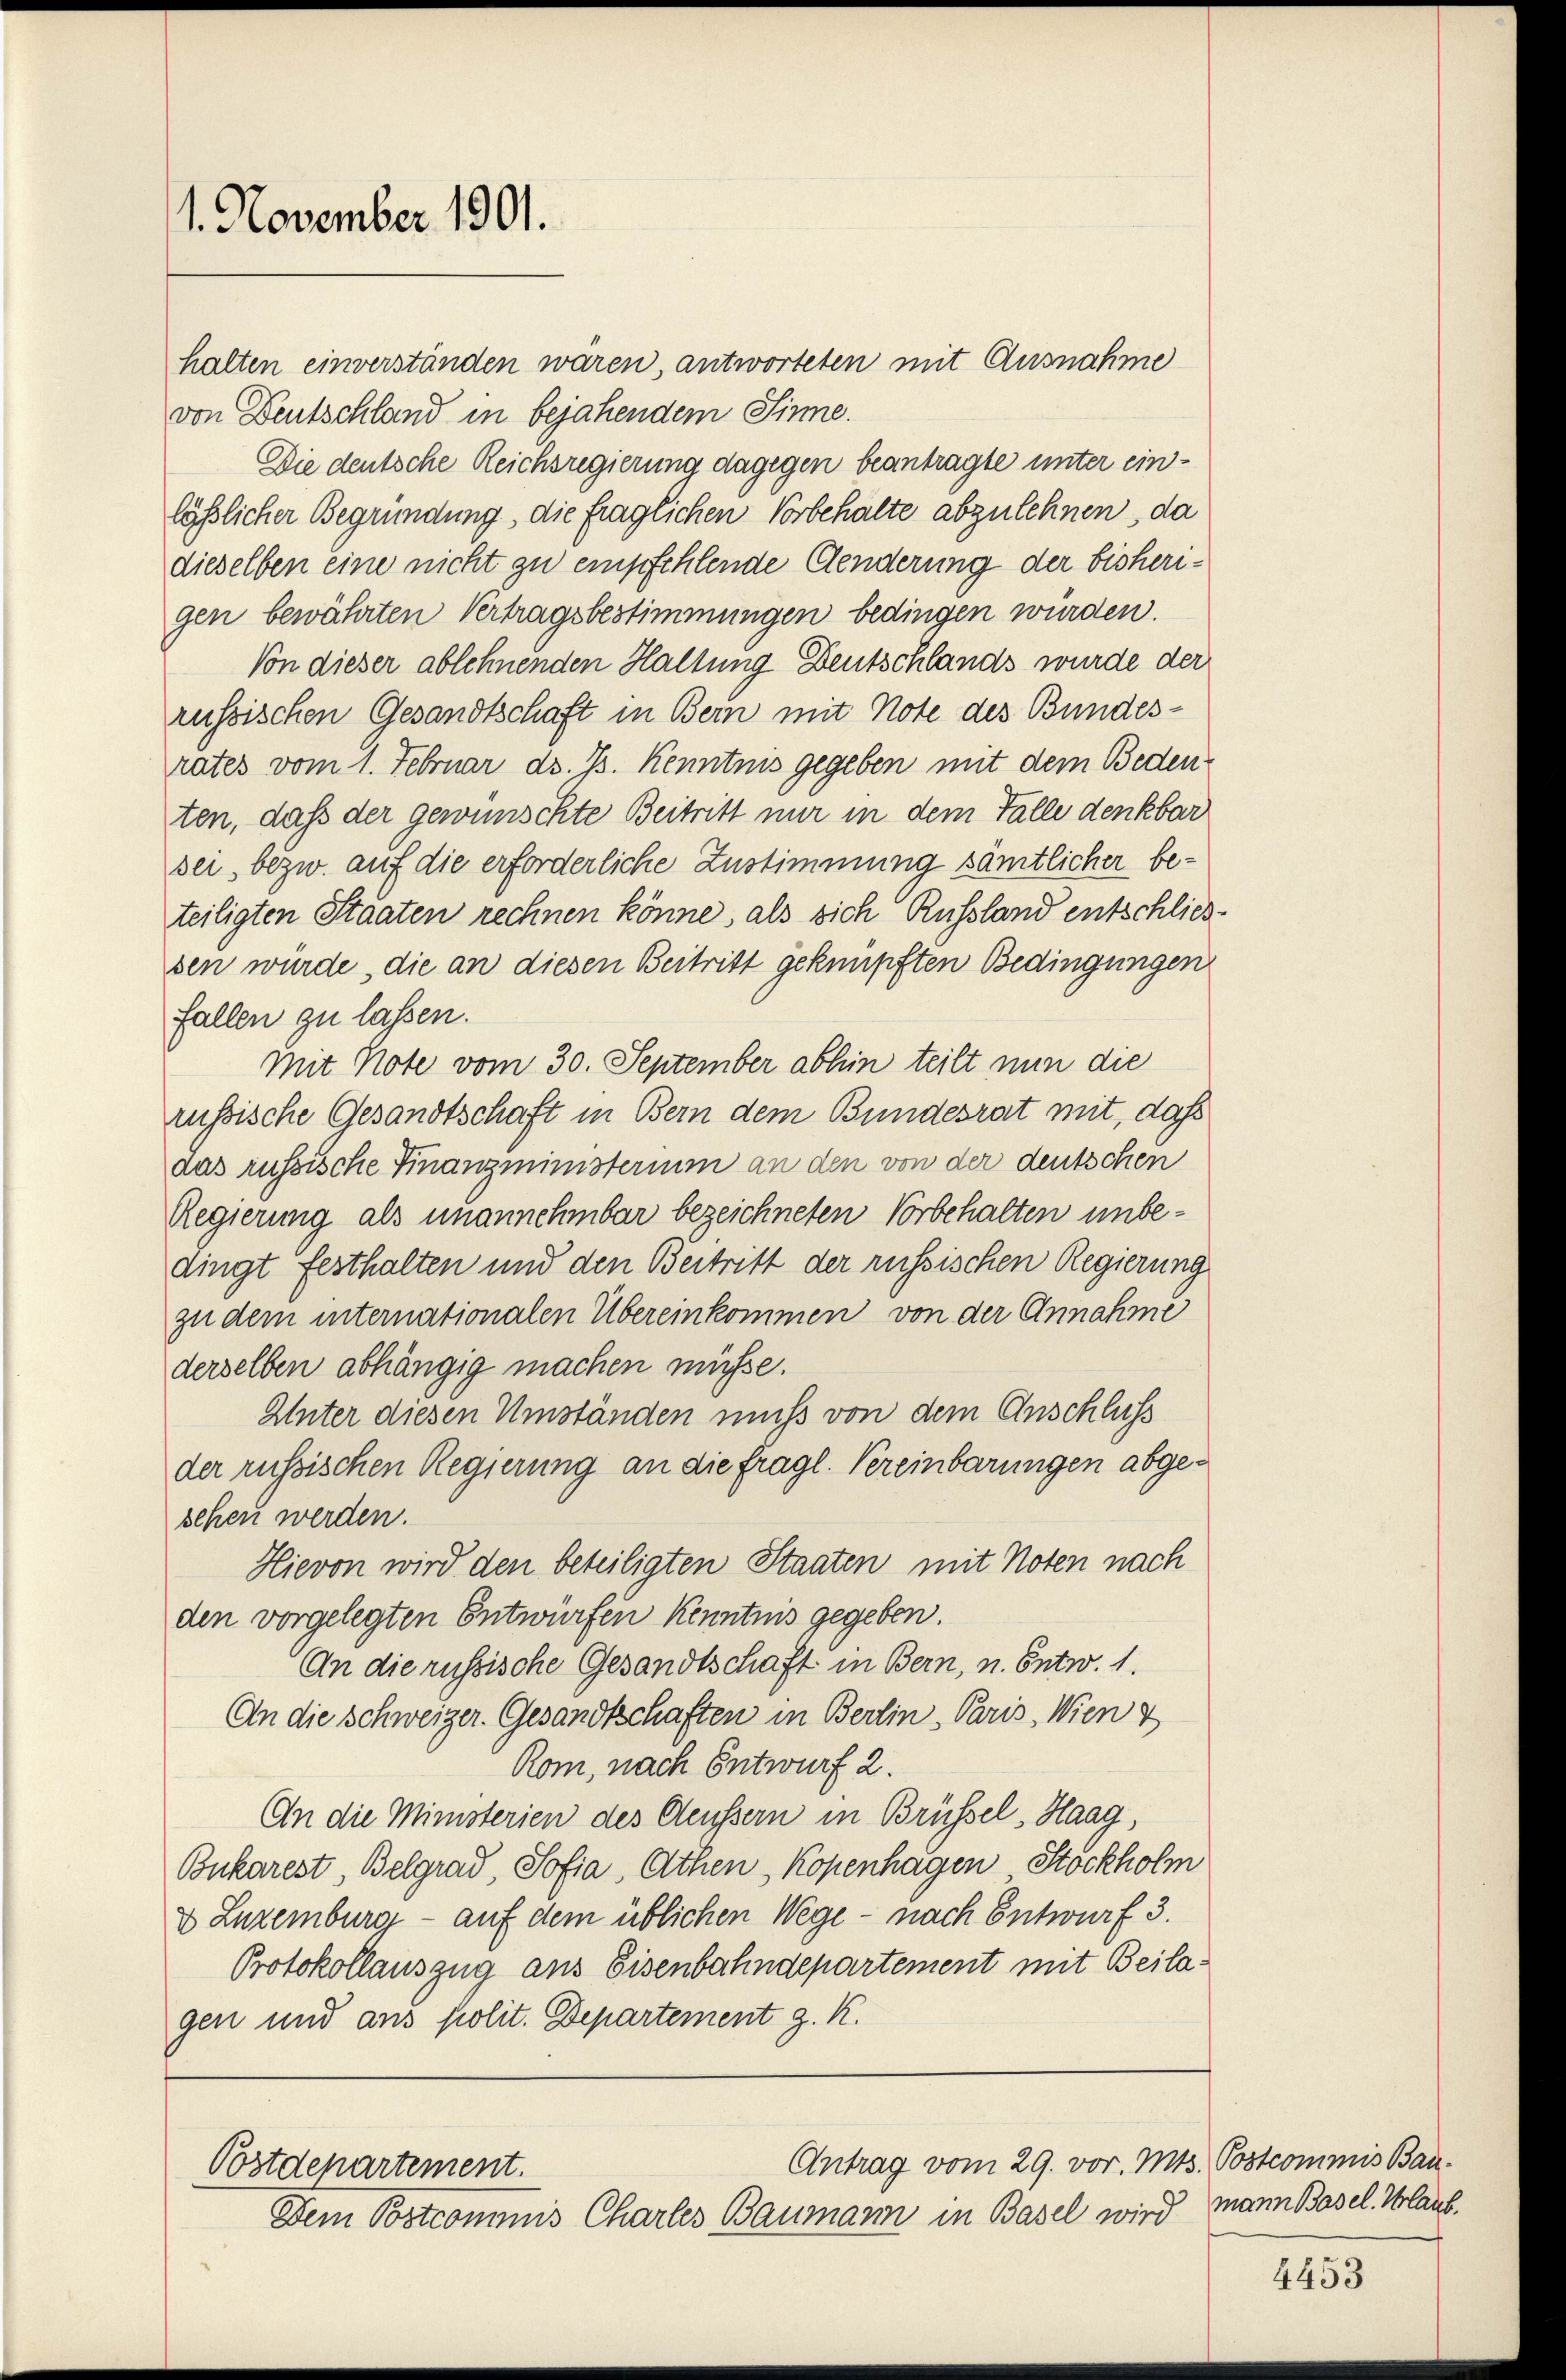
1. November 1901.

halten einverständen wären, antworteten mit Ausnahme
von Deutschland in bejahendem Sinne.
Die deutsche Reichsregierung dagegen beantragte unter einläßlicher Begründung, die fraglichen Vorbehalte abzulehnen, da
dieselben eine nicht zu empfehlende Aenderung der bisherigen bewährten Vertragsbestimmungen bedingen würden.
Von dieser ablehnenden Haltung Deutschlands wurde der
russischen Gesandtschaft in Bern mit Note des Bundesrates vom 1. Februar ds. B. Kenntnis gegeben mit dem Bedenten, daß der gewünschte Beitritt nur in dem Falle denkbar
sei, bezw. auf die erforderliche Zustimmung sämtlicher beteiligten Staaten rechnen könne, als sich Russland entschlies
sen würde, die an diesen Beitritt geknüpften Bedingungen
fallen zu lassen.
Mit Note vom 30. September abhin teilt nun die
russische Gesandtschaft in Bern dem Bundesrat mit, daß
das russische Finanzministerium an den von der deutschen
Regierung als unannehmbar bezeichneten Vorbehalten unbedingt festhalten und den Beitritt der russischen Regierung
zu dem internationalen Übereinkommen von der Annahme
derselben abhängig machen müsse.
Unter diesen Umständen muss von dem Anschluss
der russischen Regierung an die fragl. Vereinbarungen abgesehen werden.
Hievon wird den beteiligten Staaten mit Noten nach
den vorgelegten Entwürfen Kenntnis gegeben.
An die russische Gesandtschaft in Bern, u. Entw. 1.
An die Schweizer. Gesandtschaften in Berlin, Paris, Wien &
Rom, nach Entwurf 2.
An die Ministerien des Aeussern in Brüssel, Haag,
Bukarest, Belgrad Sofia, Athen, Kopenhagen Stöckholm
2 Luzemburg - auf dem üblichen Wege - nach Entwurf 3.
Protokollauszug aus Eisenbahndepartement mit Beilagen und ans polit. Departement z. K.

Antrag vom 29. vor. Mts. Postcommis Bau¬
Postdepartement.
Dem Postcommis Charles Baumann in Basel wird

mann Basel. Urlaub.

4453